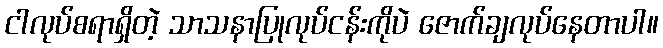
ငါလုပ်စရာရှိတဲ့ သာသနာပြုလုပ်ငန်းကိုပဲ ဇောက်ချလုပ်နေတာပါ။